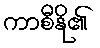
ကာစီနို၏